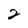
Character: 2